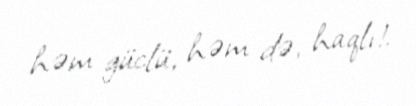
həm güclü, həm də, haqlı!.